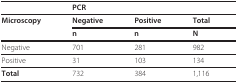
|  | <COLSPAN=2> PCR |  |
 | --- | --- | --- | --- |
 | Microscopy | Negative | Positive | Total |
 |  | n | n | N |
 | Negative | 701 | 281 | 982 |
 | Positive | 31 | 103 | 134 |
 | Total | 732 | 384 | 1,116 |